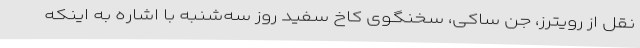
نقل از رویترز، جن ساکی، سخنگوی کاخ سفید روز سه‌شنبه با اشاره به اینکه